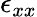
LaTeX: \epsilon_{xx}